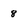
Character: 8